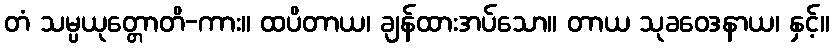
တံ သမ္ပယုတ္တောတိ-ကား။ ထပိတာယ၊ ချန်ထားအပ်သော။ တာယ သုခဝေဒနာယ၊ နှင့်။